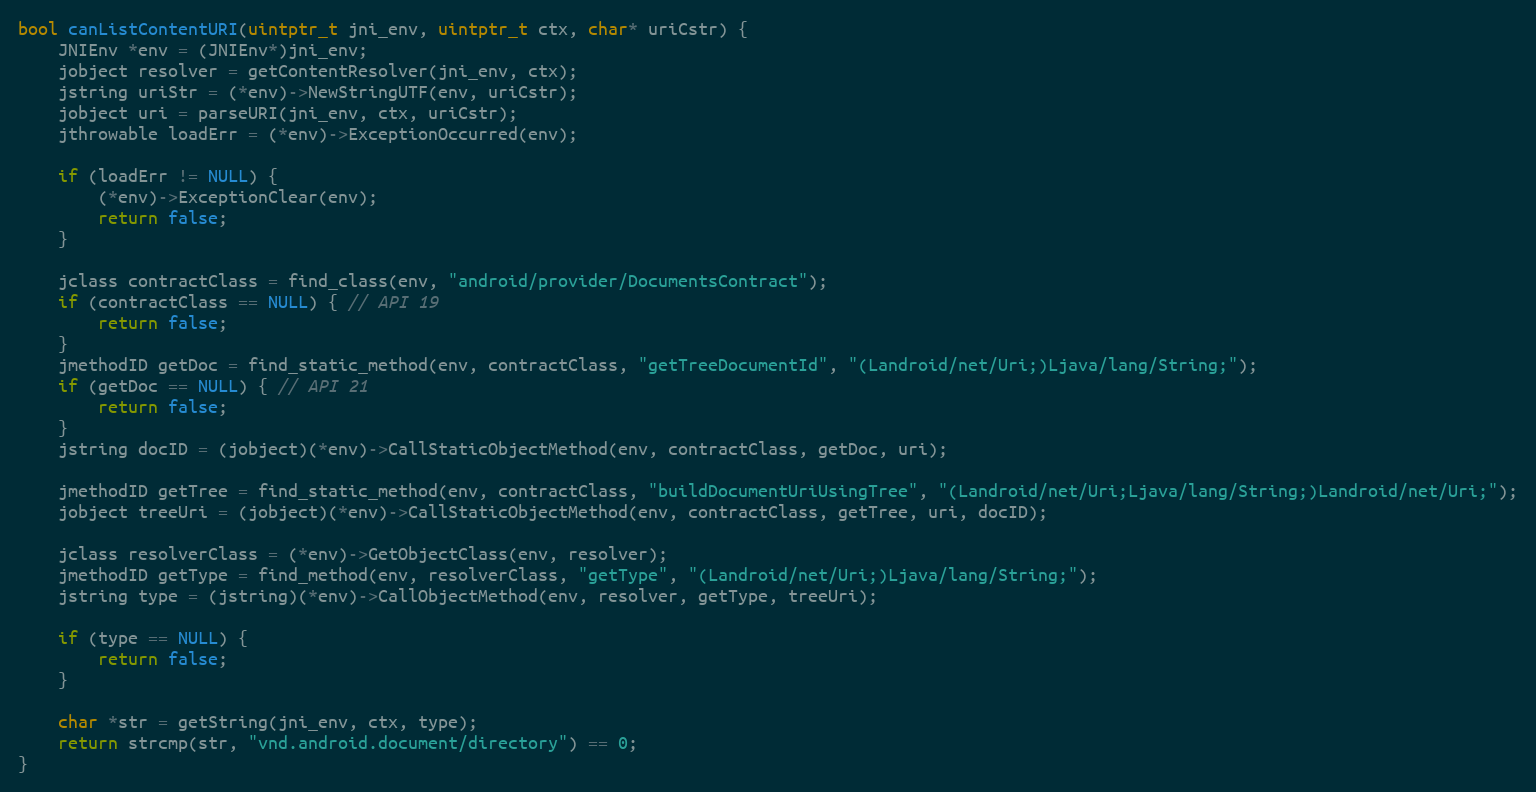
Language: C
bool canListContentURI(uintptr_t jni_env, uintptr_t ctx, char* uriCstr) {
	JNIEnv *env = (JNIEnv*)jni_env;
	jobject resolver = getContentResolver(jni_env, ctx);
	jstring uriStr = (*env)->NewStringUTF(env, uriCstr);
	jobject uri = parseURI(jni_env, ctx, uriCstr);
	jthrowable loadErr = (*env)->ExceptionOccurred(env);

	if (loadErr != NULL) {
		(*env)->ExceptionClear(env);
		return false;
	}

	jclass contractClass = find_class(env, "android/provider/DocumentsContract");
	if (contractClass == NULL) { // API 19
		return false;
	}
	jmethodID getDoc = find_static_method(env, contractClass, "getTreeDocumentId", "(Landroid/net/Uri;)Ljava/lang/String;");
	if (getDoc == NULL) { // API 21
		return false;
	}
	jstring docID = (jobject)(*env)->CallStaticObjectMethod(env, contractClass, getDoc, uri);

	jmethodID getTree = find_static_method(env, contractClass, "buildDocumentUriUsingTree", "(Landroid/net/Uri;Ljava/lang/String;)Landroid/net/Uri;");
	jobject treeUri = (jobject)(*env)->CallStaticObjectMethod(env, contractClass, getTree, uri, docID);

	jclass resolverClass = (*env)->GetObjectClass(env, resolver);
	jmethodID getType = find_method(env, resolverClass, "getType", "(Landroid/net/Uri;)Ljava/lang/String;");
	jstring type = (jstring)(*env)->CallObjectMethod(env, resolver, getType, treeUri);

	if (type == NULL) {
		return false;
	}

	char *str = getString(jni_env, ctx, type);
	return strcmp(str, "vnd.android.document/directory") == 0;
}